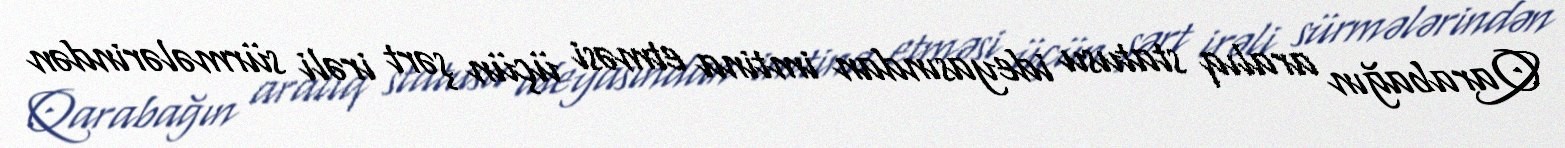
Qarabağın aralıq statusu ideyasından imtina etməsi üçün şərt irəli sürmələrindən